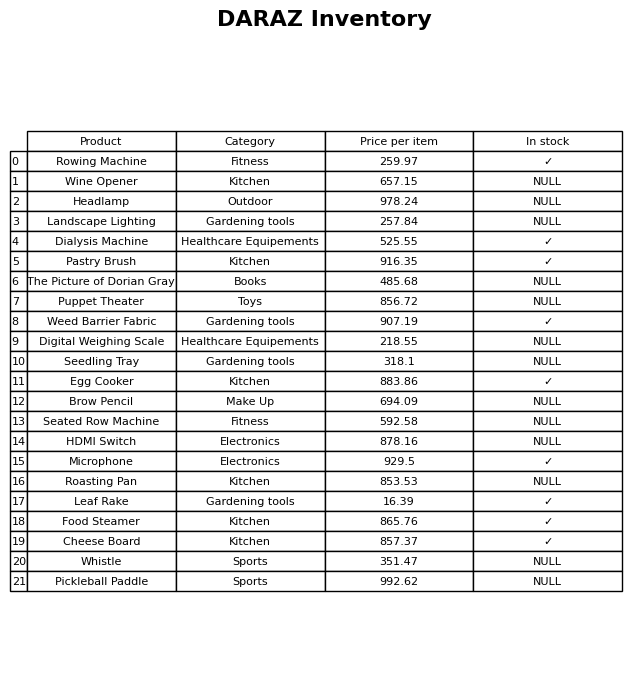
question: What is the price for Weed Barrier Fabric?
answer: The price of Weed Barrier Fabric is 907.19.